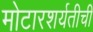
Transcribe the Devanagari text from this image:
मोटारशर्यतीची